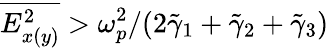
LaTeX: \overline{{E_{x(y)}^{2}}}>\omega_{p}^{2}/(2\tilde{\gamma}_{1}+\tilde{\gamma}_{2}+\tilde{\gamma}_{3})